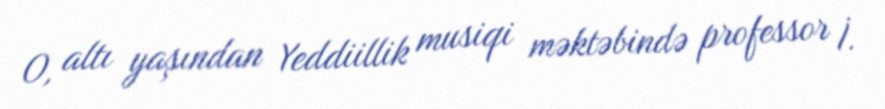
O, altı yaşından Yeddiillik musiqi məktəbində professor İ.